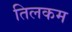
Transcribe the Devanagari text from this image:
तिलकम